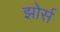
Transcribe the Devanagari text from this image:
झोर्स